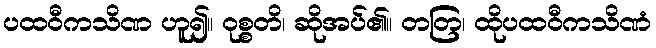
ပထဝီကသိဏ ဟူ၍။ ဝုစ္စတိ၊ ဆိုအပ်၏။ တတြ၊ ထိုပထဝီကသိဏံ